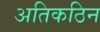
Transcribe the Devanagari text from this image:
अतिकठिन